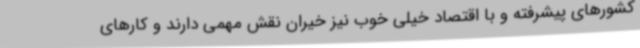
کشورهای پیشرفته و با اقتصاد خیلی خوب نیز خیران نقش مهمی دارند و کارهای